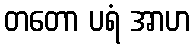
တတော ပရံ အာဟ